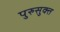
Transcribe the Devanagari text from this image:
पुरुसुक्त